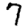
Digit: 7